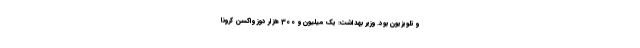
و تلویزیون بود. وزیر بهداشت: یک میلیون و 300 هزار دوز واکسن کرونا